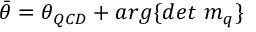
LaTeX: \bar { \theta } = { \theta } _ { Q C D } + a r g \{ d e t ~ m _ { q } \} ~